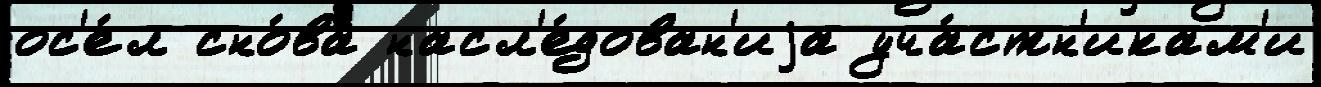
ос'е́л сно́ва насл'е́дован'иjа уча́стн'икам'и